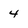
Character: 4